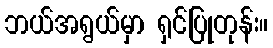
ဘယ်အရွယ်မှာ ရှင်ပြုတုန်း။